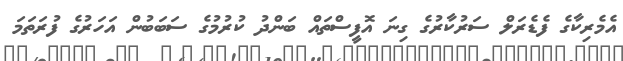
އެމެރިކާގެ ފެޑެރަލް ސަރުކާރުގެ ގިނަ އޮފީސްތައް ބަންދު ކުރުމުގެ ސަބަބުން އަހަރުގެ ފުރަތަމަ